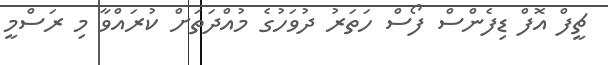
ޗީފް އޮފް ޑިފެންސް ފޯސް ހަތަރު ދުވަހުގެ މުއްދަތަށް ކުރައްވާ މި ރަސްމީ